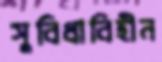
সুবিধাবিহীন